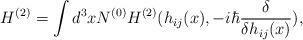
LaTeX: \begin{align*}H^{(2)} = \int d^3xN^{(0)}H^{(2)}(h_{ij}(x), -i\hbar \frac{\delta}{\delta h_{ij}(x)}),\end{align*}